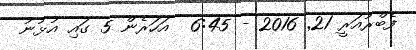
ފެބްރުއަރީ 21